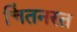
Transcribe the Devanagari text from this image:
चिंतनरत